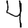
Digit: 4